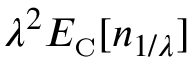
\lambda ^ { 2 } E _ { \scriptscriptstyle \mathrm { C } } [ n _ { 1 / \lambda } ]